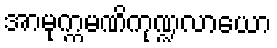
အာမုက္ကမဏိကုဏ္ဍလာယော